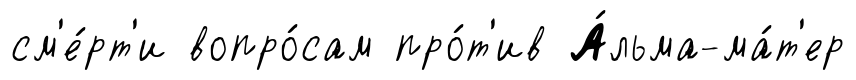
см'е́рт'и вопро́сам про́т'ив А́льма-ма́т'ер